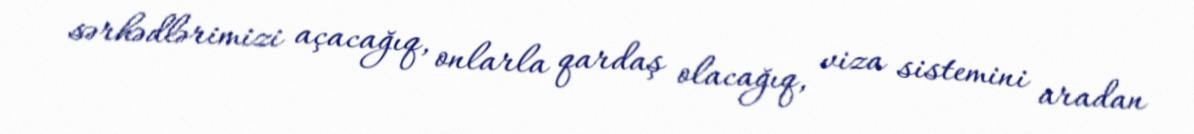
sərhədlərimizi açacağıq, onlarla qardaş olacağıq, viza sistemini aradan